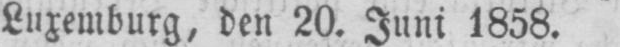
Luxemburg, den 20. Juni 1858.